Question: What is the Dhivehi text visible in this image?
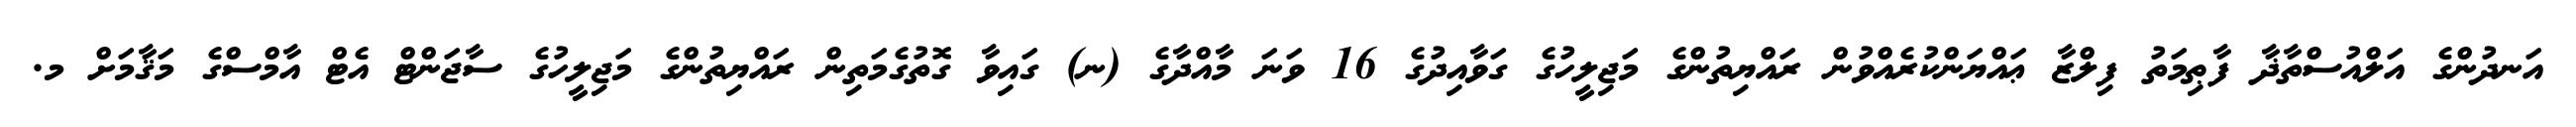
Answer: އަނދުންގެ އަލްއުސްތާޛާ ފާޠިމަތު ފިލްޒާ ޢައްޔަންކުރެއްވުން ރައްޔިތުންގެ މަޖިލީހުގެ ގަވާއިދުގެ 16 ވަނަ މާއްދާގެ (ނ) ގައިވާ ގޮތުގެމަތިން ރައްޔިތުންގެ މަޖިލީހުގެ ސާޖަންޓް އެޓް އާމްސްގެ މަޤާމަށް މ.